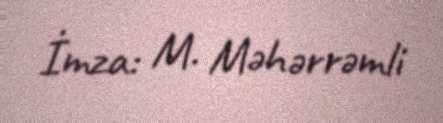
İmza: M. Məhərrəmli